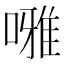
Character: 𠾒